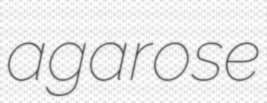
agarose